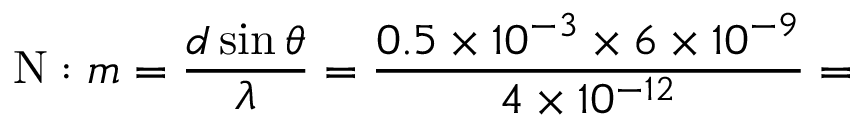
\mathrm { N } : m = \frac { d \sin \theta } { \lambda } = \frac { 0 . 5 \times 1 0 ^ { - 3 } \times 6 \times 1 0 ^ { - 9 } } { 4 \times 1 0 ^ { - 1 2 } } =